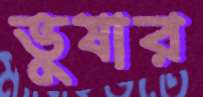
ভুষার